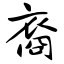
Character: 裔